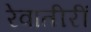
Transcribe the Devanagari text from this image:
रेवातीरीं